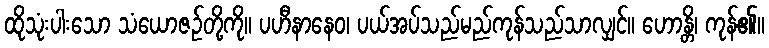
ထိုသုံးပါးသော သံယောဇဉ်တို့ကို။ ပဟီနာနေဝ၊ ပယ်အပ်သည်မည်ကုန်သည်သာလျှင်။ ဟောန္တိ၊ ကုန်၏။